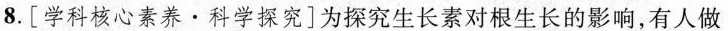
8.[学科核心素养·科学探究]为探究生长素对根生长的影响，有人做